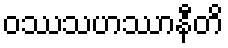
ဝဿသဟဿာနီတိ